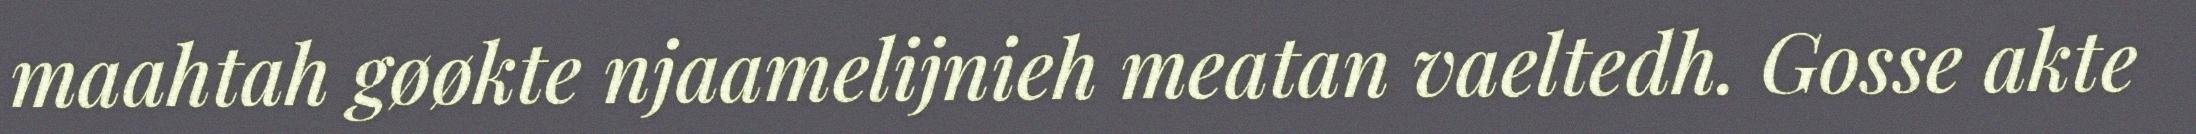
maahtah gøøkte njaamelijnieh meatan vaeltedh. Gosse akte